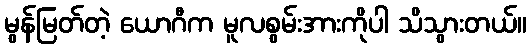
မွန်မြတ်တဲ့ ယောဂီက မူလစွမ်းအားကိုပါ သိသွားတယ်။